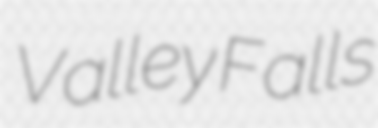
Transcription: Valley Falls